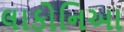
લાકોનિઆ